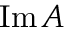
\operatorname { I m } A